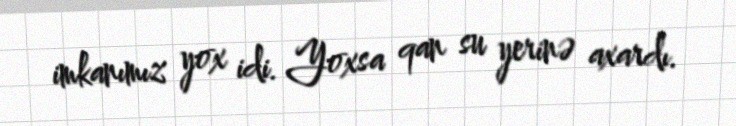
imkanımız yox idi. Yoxsa qan su yerinə axardı.